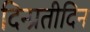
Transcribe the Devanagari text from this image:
दिन्प्रतीदिन